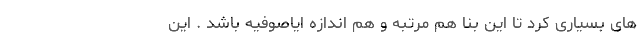
های بسیاری کرد تا این بنا هم مرتبه و هم اندازه ایاصوفیه باشد . این